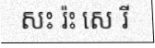
សះ រ៉ះ សេ រី